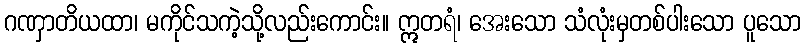
ဂဏှာတိယထာ၊ မကိုင်သကဲ့သို့လည်းကောင်း။ ဣတရံ၊ အေးသော သံလုံးမှတစ်ပါးသော ပူသော